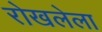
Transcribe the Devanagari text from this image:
रोखलेला